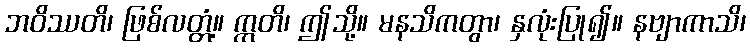
ဘဝိဿတိ၊ ဖြစ်လတ္တံ့။ ဣတိ၊ ဤသို့။ မနသိကတွာ၊ နှလုံးပြု၍။ နဗျာကာသိ၊